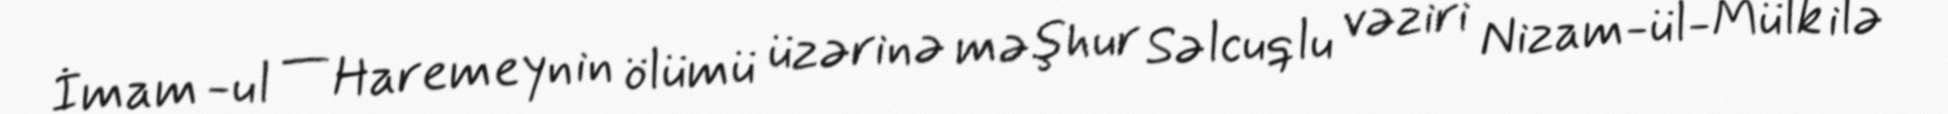
İmam -ul — Haremeynin ölümü üzərinə məşhur Səlcuqlu vəziri Nizam-ül-Mülk ilə